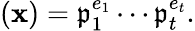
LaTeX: (\mathbf{x})={\mathfrak{{p}}}_{1}^{e_{1}}\cdots{\mathfrak{{p}}}_{t}^{e_{t}}.